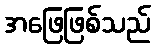
အဖြေဖြစ်သည်